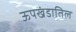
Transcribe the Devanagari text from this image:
ऊपखंडातिल